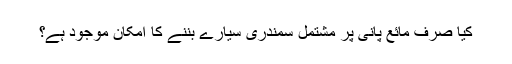
کیا صرف مائع پانی پر مشتمل سمندری سیارے بننے کا امکان موجود ہے؟